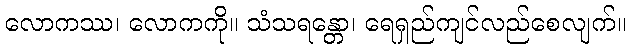
လောကဿ၊ လောကကို။ သံသရန္တော၊ ရေရှည်ကျင်လည်စေလျက်။